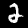
Label: 2